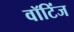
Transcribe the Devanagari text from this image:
वॉटिंज